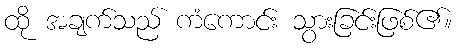
ထို အချက်သည် ကံကောင်း သွားခြင်းဖြစ်၏။